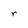
Character: r